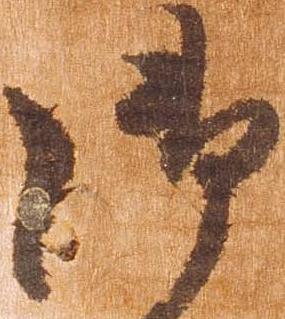
御